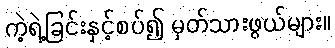
ကဲ့ရဲ့ခြင်းနှင့်စပ်၍ မှတ်သားဖွယ်များ။